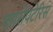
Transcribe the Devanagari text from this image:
ग्लासेपटेरिस